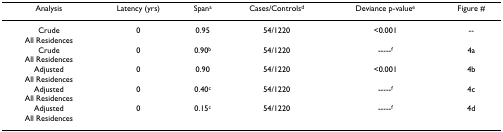
<table><thead><tr><td><b>Analysis</b></td><td><b>Latency (yrs)</b></td><td><b>Span<sup>a</sup></b></td><td><b>Cases/Controls<sup>d</sup></b></td><td><b>Deviance p-value<sup>e</sup></b></td><td><b>Figure #</b></td></tr></thead><tbody><tr><td>CrudeAll Residences</td><td>0</td><td>0.95</td><td>54/1220</td><td>&lt;0.001</td><td>--</td></tr><tr><td>CrudeAll Residences</td><td>0</td><td>0.90<sup>b</sup></td><td>54/1220</td><td>-----<sup>f</sup></td><td>4a</td></tr><tr><td>AdjustedAll Residences</td><td>0</td><td>0.90</td><td>54/1220</td><td>&lt;0.001</td><td>4b</td></tr><tr><td>AdjustedAll Residences</td><td>0</td><td>0.40<sup>c</sup></td><td>54/1220</td><td>-----<sup>f</sup></td><td>4c</td></tr><tr><td>AdjustedAll Residences</td><td>0</td><td>0.15<sup>c</sup></td><td>54/1220</td><td>-----<sup>f</sup></td><td>4d</td></tr></tbody></table>